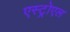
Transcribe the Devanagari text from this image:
एस्ट्रोएल